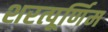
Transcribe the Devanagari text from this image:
शरत्पूर्णिम